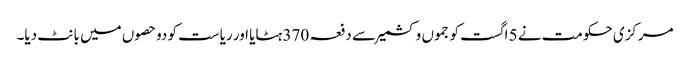
مرکزی حکومت نے 5 اگست کو جموں وکشمیر سے دفعہ 370 ہٹایا اور ریاست کو دوحصوں میں بانٹ دیا۔